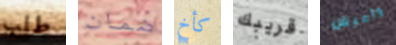
طلب ضمان كأخ قريبك وأعيش